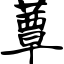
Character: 蕈